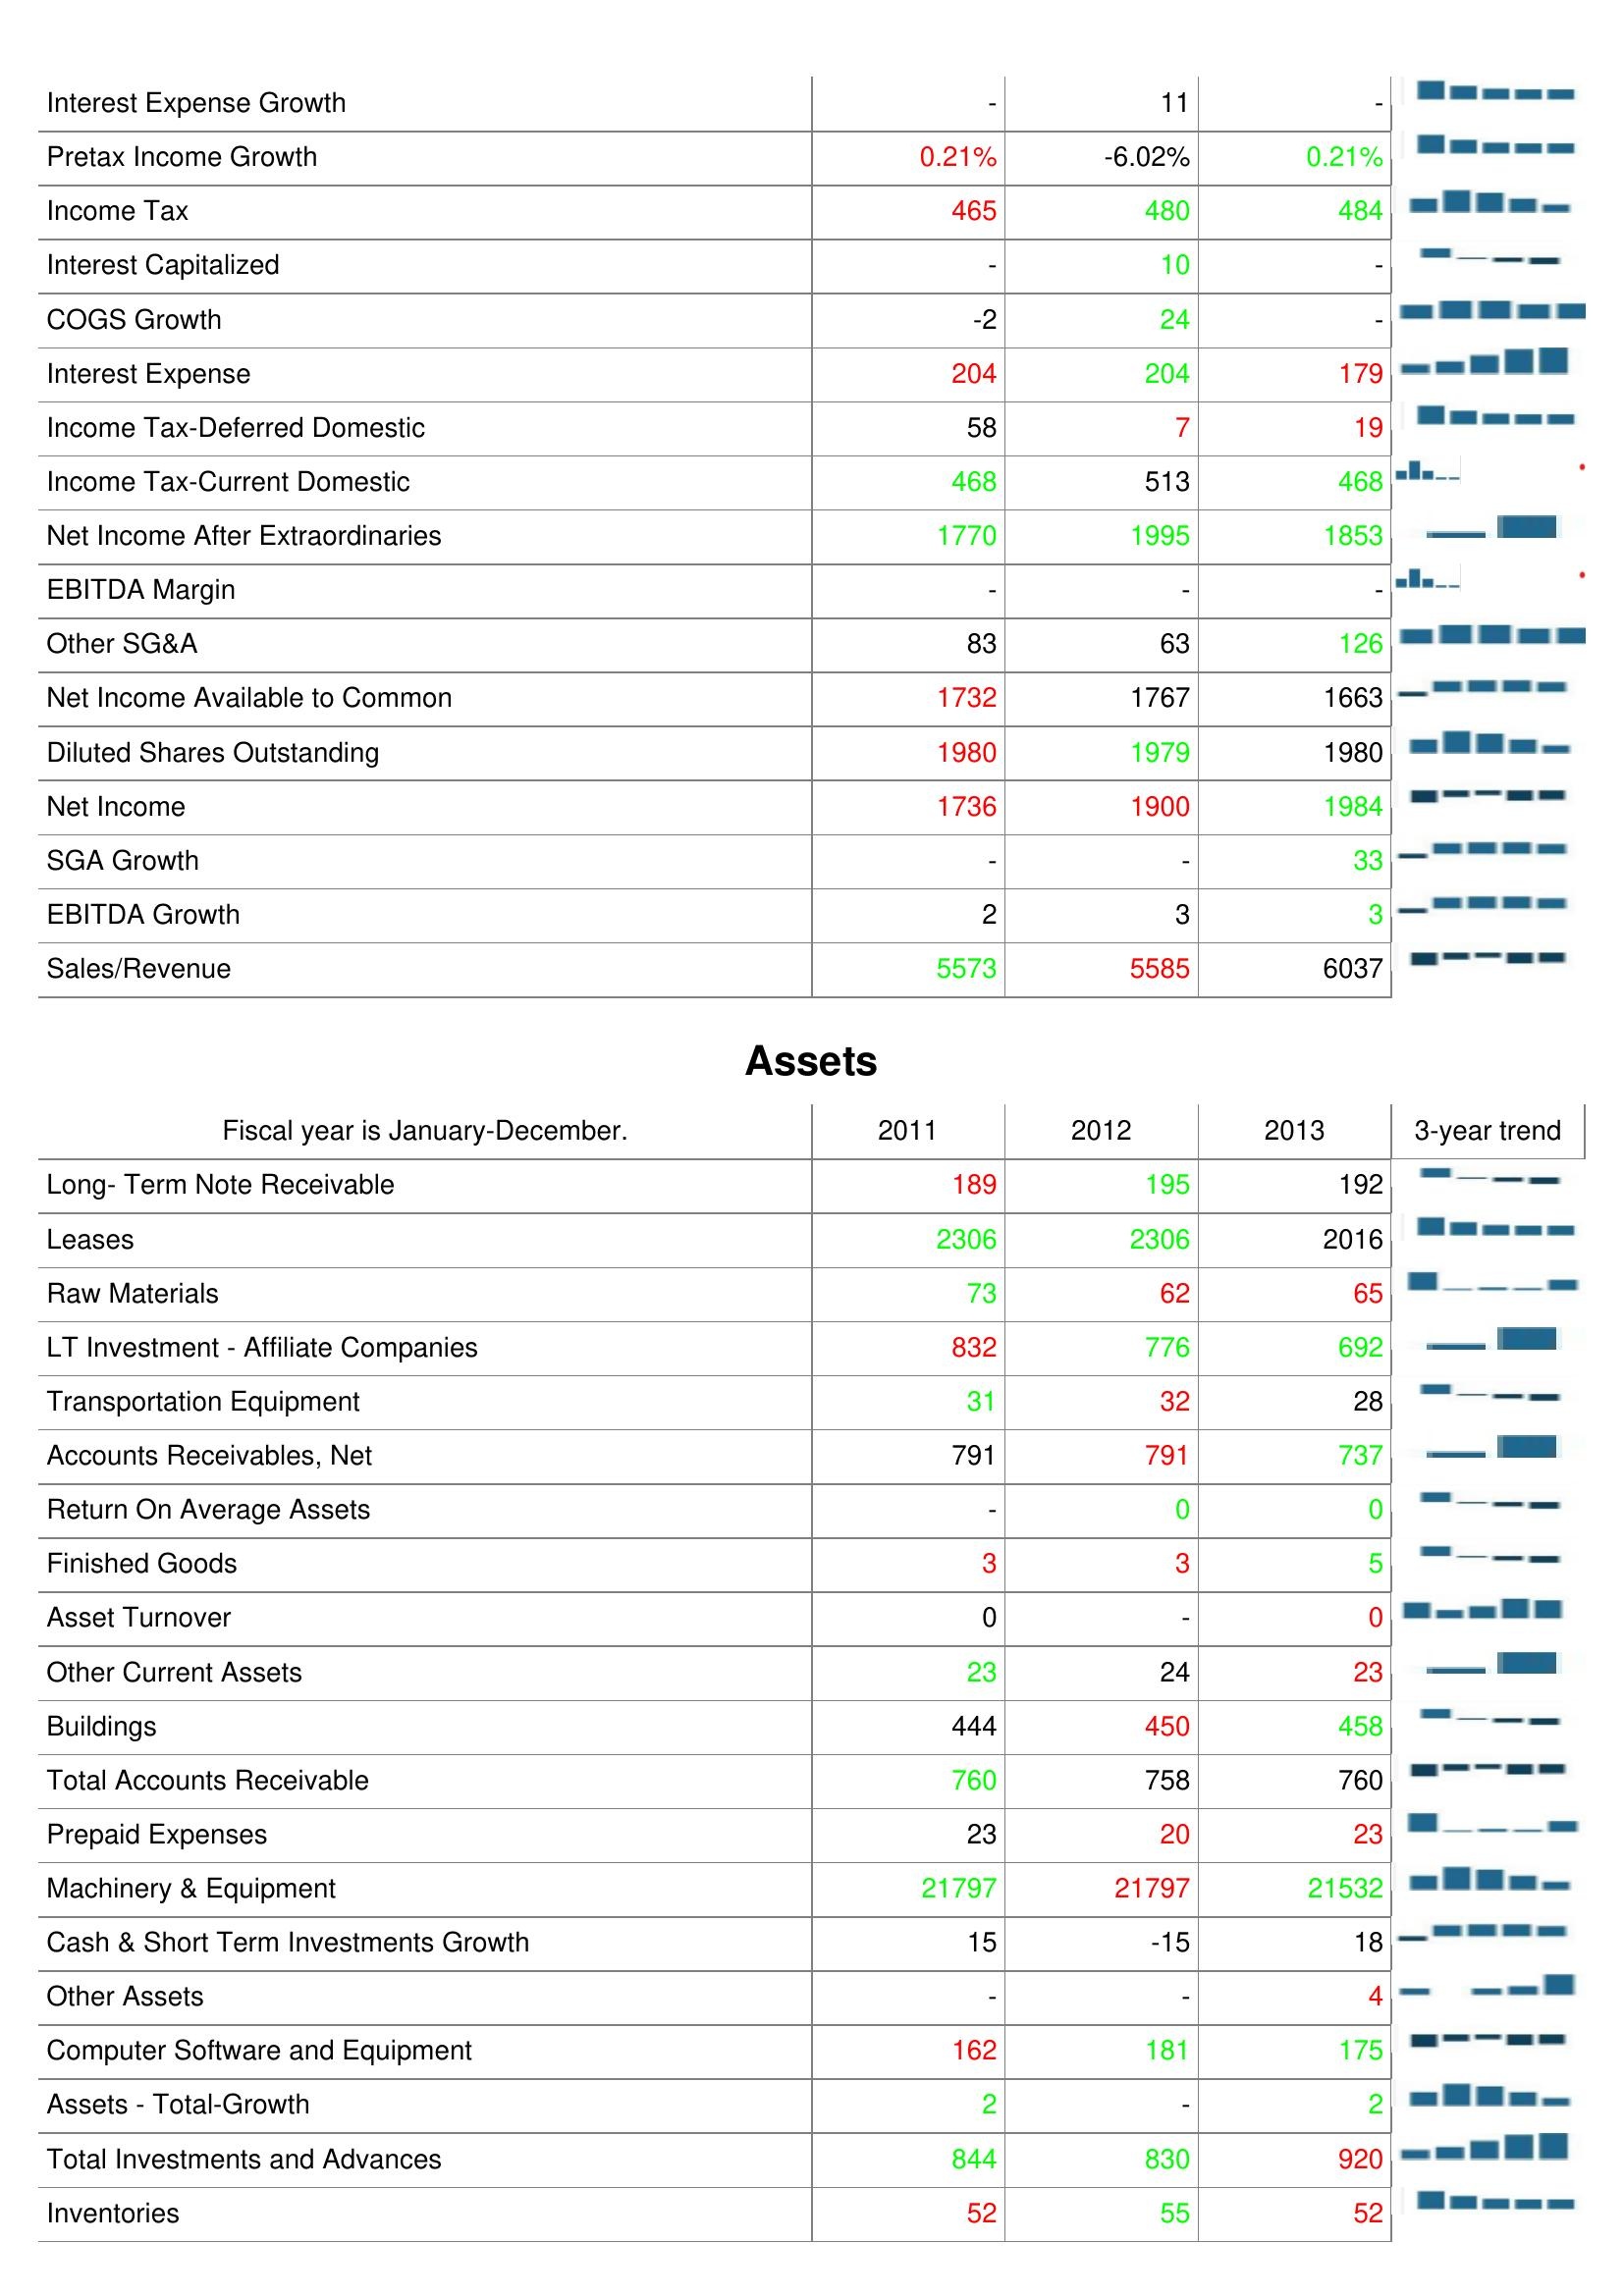
2011: : Interest Expense Growth: -
Pretax Income Growth: 0.21%
Income Tax: 465
Interest Capitalized: -
COGS Growth: -2
Interest Expense: 204
Income Tax-Deferred Domestic: 58
Income Tax-Current Domestic: 468
Net Income After Extraordinaries: 1770
EBITDA Margin: -
Other SG&A: 83
Net Income Available to Common: 1732
Diluted Shares Outstanding: 1980
Net Income: 1736
SGA Growth: -
EBITDA Growth: 2
Sales/Revenue: 5573
Assets: Long- Term Note Receivable: 189
Leases: 2306
Raw Materials: 73
LT Investment - Affiliate Companies: 832
Transportation Equipment: 31
Accounts Receivables, Net: 791
Return On Average Assets: -
Finished Goods: 3
Asset Turnover: 0
Other Current Assets: 23
Buildings: 444
Total Accounts Receivable: 760
Prepaid Expenses: 23
Machinery & Equipment: 21797
Cash & Short Term Investments Growth: 15
Other Assets: -
Computer Software and Equipment: 162
Assets - Total-Growth: 2
Total Investments and Advances: 844
Inventories: 52
2012: : Interest Expense Growth: 11
Pretax Income Growth: -6.02%
Income Tax: 480
Interest Capitalized: 10
COGS Growth: 24
Interest Expense: 204
Income Tax-Deferred Domestic: 7
Income Tax-Current Domestic: 513
Net Income After Extraordinaries: 1995
EBITDA Margin: -
Other SG&A: 63
Net Income Available to Common: 1767
Diluted Shares Outstanding: 1979
Net Income: 1900
SGA Growth: -
EBITDA Growth: 3
Sales/Revenue: 5585
Assets: Long- Term Note Receivable: 195
Leases: 2306
Raw Materials: 62
LT Investment - Affiliate Companies: 776
Transportation Equipment: 32
Accounts Receivables, Net: 791
Return On Average Assets: 0
Finished Goods: 3
Asset Turnover: -
Other Current Assets: 24
Buildings: 450
Total Accounts Receivable: 758
Prepaid Expenses: 20
Machinery & Equipment: 21797
Cash & Short Term Investments Growth: -15
Other Assets: -
Computer Software and Equipment: 181
Assets - Total-Growth: -
Total Investments and Advances: 830
Inventories: 55
2013: : Interest Expense Growth: -
Pretax Income Growth: 0.21%
Income Tax: 484
Interest Capitalized: -
COGS Growth: -
Interest Expense: 179
Income Tax-Deferred Domestic: 19
Income Tax-Current Domestic: 468
Net Income After Extraordinaries: 1853
EBITDA Margin: -
Other SG&A: 126
Net Income Available to Common: 1663
Diluted Shares Outstanding: 1980
Net Income: 1984
SGA Growth: 33
EBITDA Growth: 3
Sales/Revenue: 6037
Assets: Long- Term Note Receivable: 192
Leases: 2016
Raw Materials: 65
LT Investment - Affiliate Companies: 692
Transportation Equipment: 28
Accounts Receivables, Net: 737
Return On Average Assets: 0
Finished Goods: 5
Asset Turnover: 0
Other Current Assets: 23
Buildings: 458
Total Accounts Receivable: 760
Prepaid Expenses: 23
Machinery & Equipment: 21532
Cash & Short Term Investments Growth: 18
Other Assets: 4
Computer Software and Equipment: 175
Assets - Total-Growth: 2
Total Investments and Advances: 920
Inventories: 52